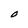
Character: O